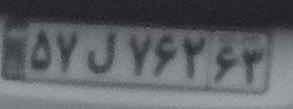
۵۷ل۷۲۶۳